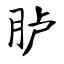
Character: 胪